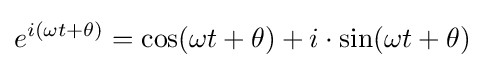
e^{i(\omega t+\theta )}=\cos(\omega t+\theta )+i\cdot \sin(\omega t+\theta )